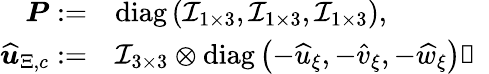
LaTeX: \begin{array}{rl}{\boldsymbol{P}:=}&{\mathrm{diag}\left(\mathcal{I}_{1\times 3},\mathcal{I}_{1\times 3},\mathcal{I}_{1\times 3}\right),}\\ {\boldsymbol{\widehat{u}}_{\Xi,c}:=}&{\mathcal{I}_{3\times 3}\otimes\mathrm{diag}\left(-\widehat{u}_{\xi},-\widehat{v}_{\xi},-\widehat{w}_{\xi}\right)，}\end{array}